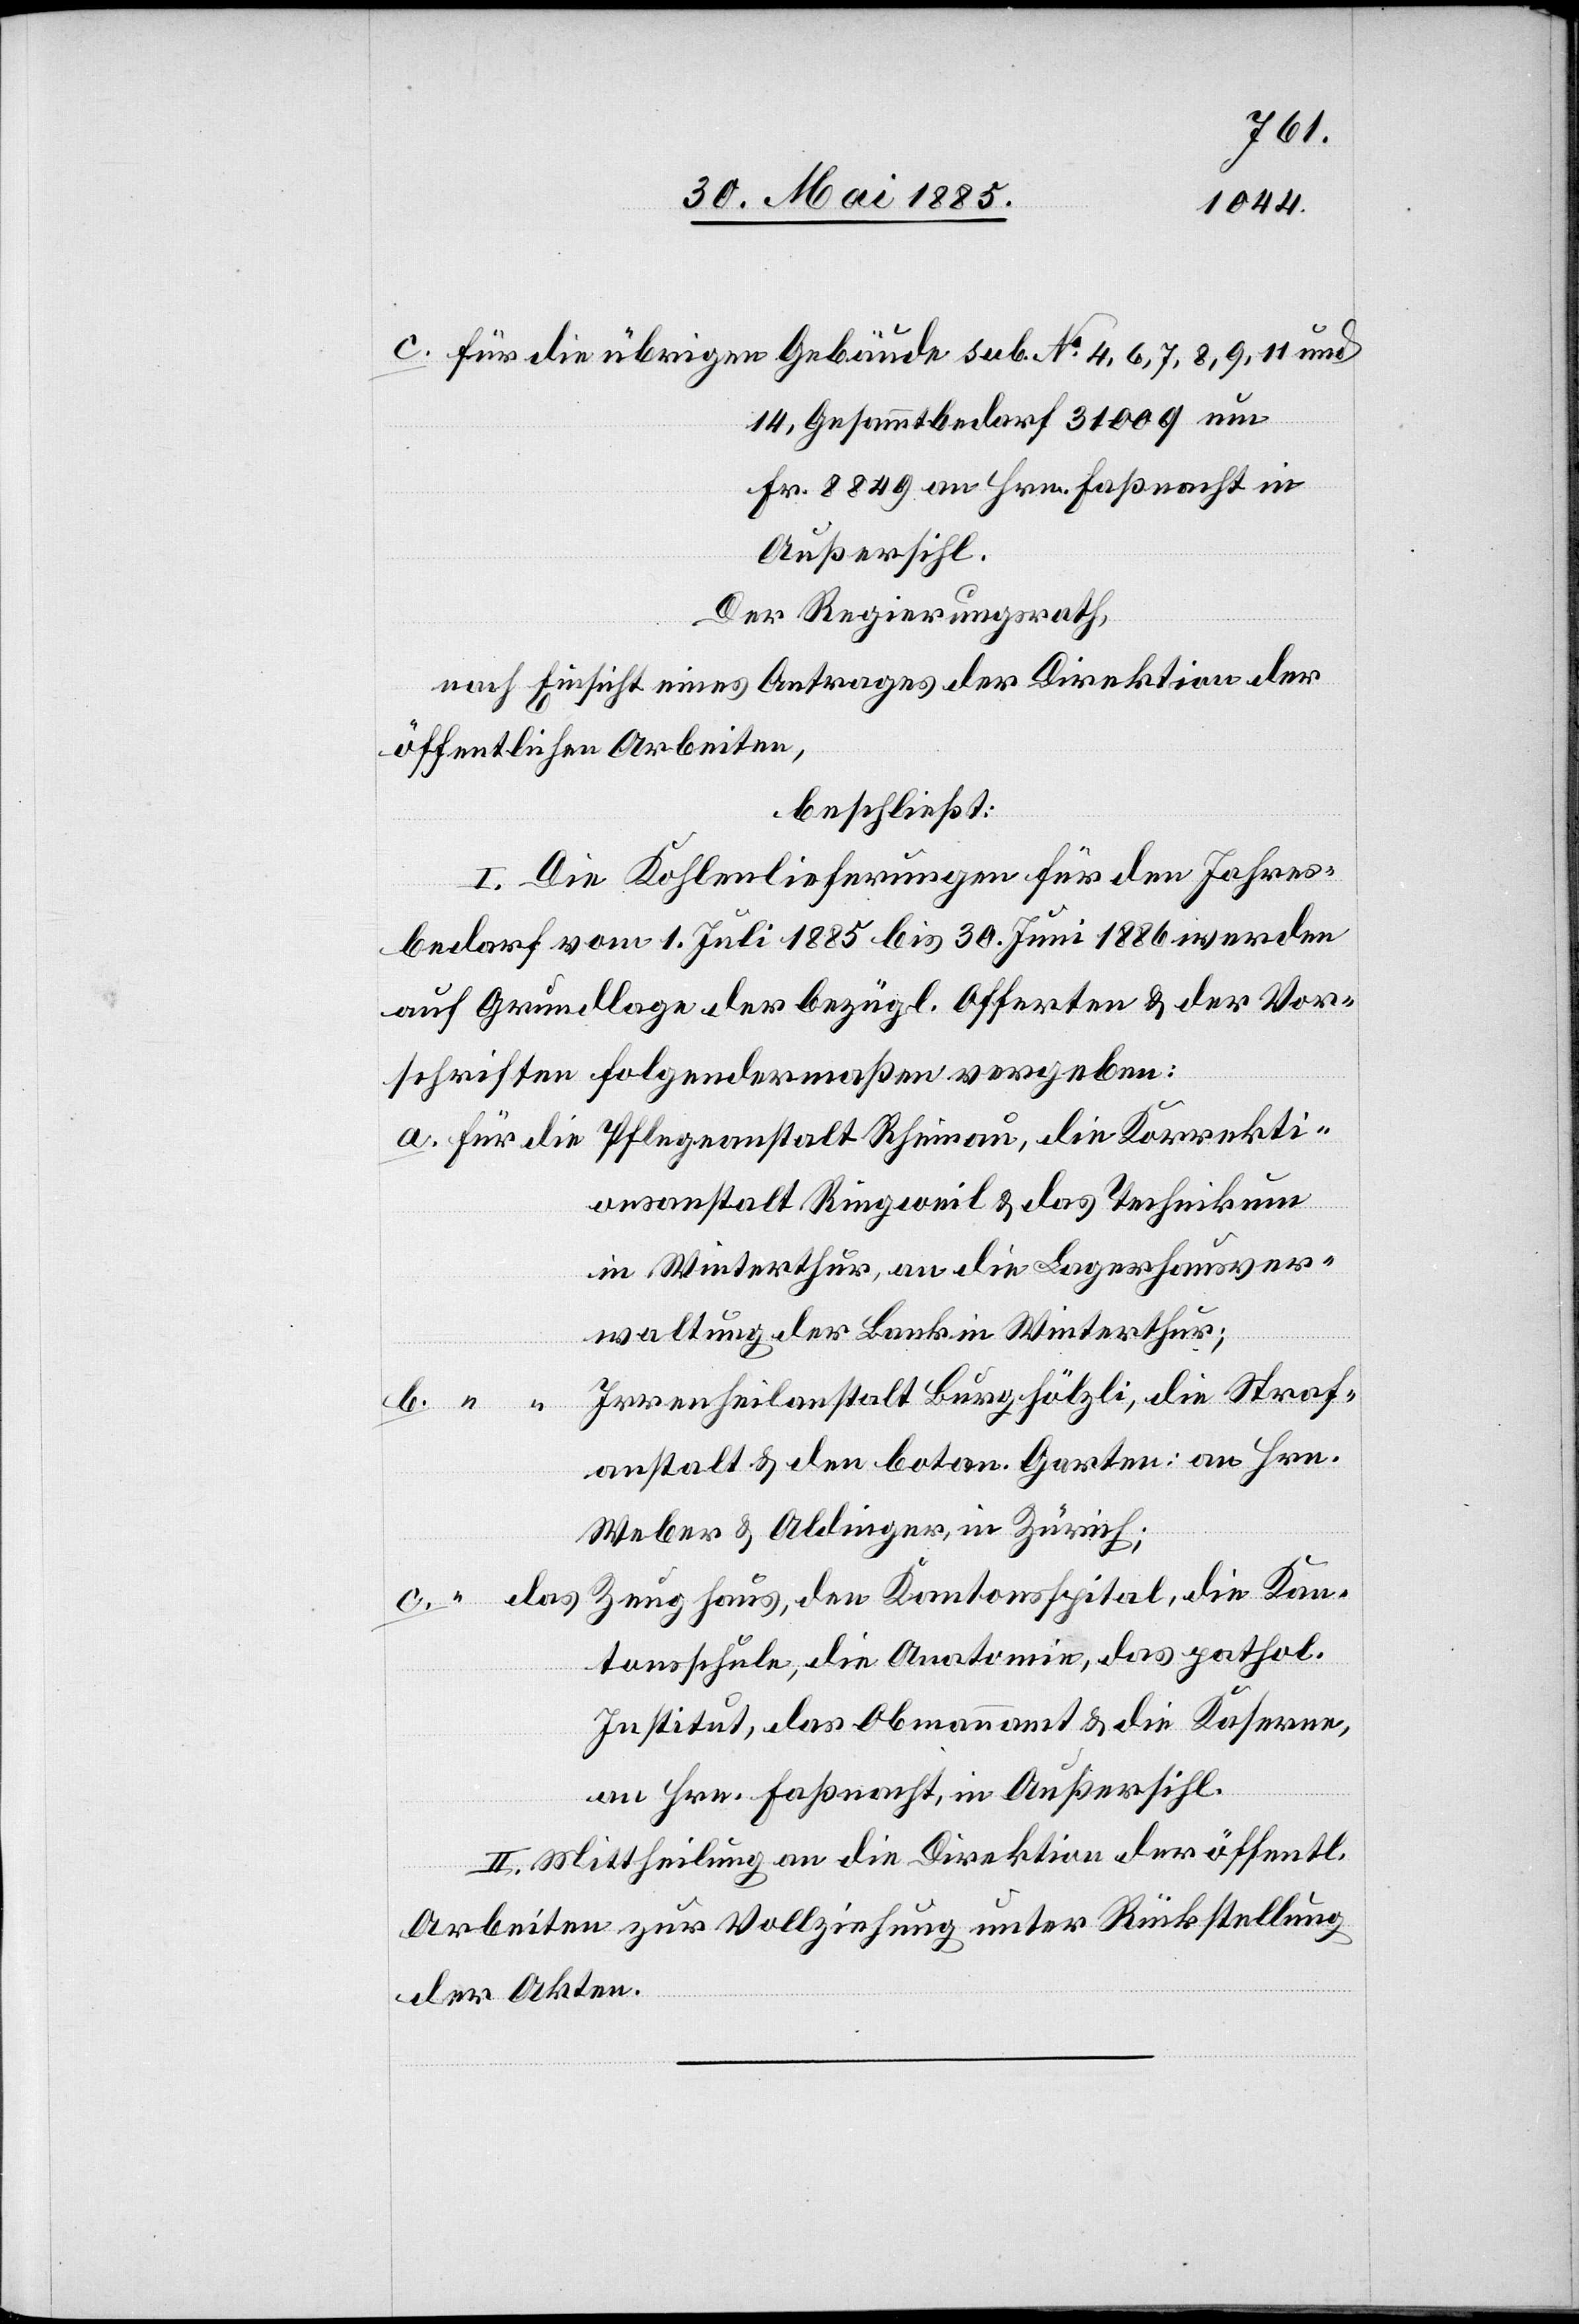
14, Gesammtbedarf 3100 q um
Fr. 8849 an Hrn. Faßnacht in
Außersihl.
Der Regierungsrath,
nach Einsicht eines Antrages der Direktion der
öffentlichen Arbeiten,
beschließt:
I. Die Kohlenlieferungen für den Jahres¬
bedarf vom 1. Juli 1885 bis 30. Juni 1886 werden
auf Grundlage der bezügl. Offerten & der Vor¬
schriften folgendermaßen vergeben:
onsanstalt Ringweil & das Technikum
in Winterthur, an die Lagerhausver¬
waltung der Bank in Winterthur;
Irrenheilanstalt Burghölzli, die Straf¬
Korrekti¬
anstalt & den botan. Garten: an Hrn.
Weber & Aldinger, in Zürich;
Zeughaus, den Kantonsspital, die Kan¬
tonsschule, die Anatomie, das pathol.
Institut, das Obmannamt & die Kasernen,
an Hrn. Faßnacht, in Außersihl.
II. Mittheilung an die Direktion der öffentl.
Arbeiten zur Vollziehung unter Rückstellung
der Akten.